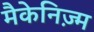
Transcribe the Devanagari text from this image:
मैकेनिज़्म